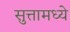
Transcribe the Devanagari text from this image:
सुत्तामध्ये